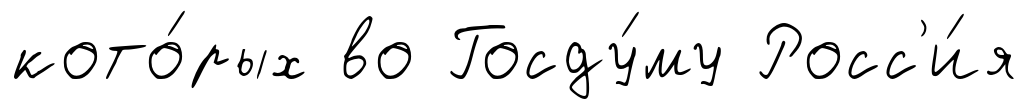
кото́рых во Госду́му Росс'и́я